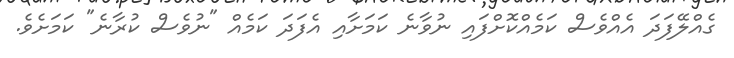
ގެއްލޭފަދަ އެއްވެސް ކަމެއްކޮށްފައި ނުވާނެ ކަމަށާއި އެފަދަ ކަމެއް "ނުވެސް ކުރާނެ" ކަމަށެވެ.